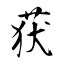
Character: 获